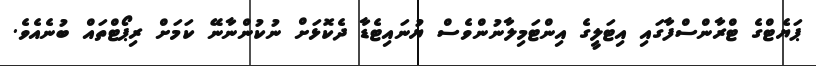
ޕަޔެޓްގެ ޓްރާންސްފާގައި އިޓަލީގެ އިންޓަމިލާނުންވެސް ޔުނައިޓެޑާ ދެކޮޅަށް ނުކުންނާނޭ ކަމަށް ރިޕޯޓްތައް ބުނެއެވެ.